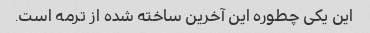
این یکی چطوره این آخرین ساخته شده از ترمه است.